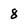
Character: 8